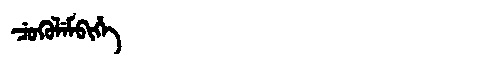
Manchu: ᠴᡠᡴᡠᠯᡝᠮᠪᡳᡥᡝ
Romanization: CUKULEMBIHE